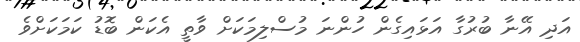
އަދި އޭނާ ބުރުގާ އަޅައިގެން ހުންނަ މުސްލިމަކަށް ވާތީ އެކަން ބޮޑު ކަމަކަށްވެ